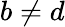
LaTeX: b\neq d